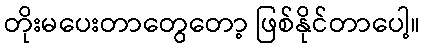
တိုးမပေးတာတွေတော့ ဖြစ်နိုင်တာပေါ့။